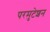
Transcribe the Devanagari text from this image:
परमुटेशन